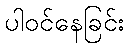
ပါဝင်နေခြင်း